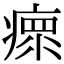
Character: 瘝